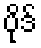
ပိုဒ်